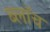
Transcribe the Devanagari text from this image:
ब्लाॅच